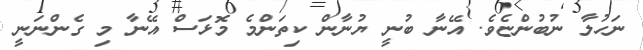
ނަހުލާ ނުބުންޏެވެ. އޭނާ ބުނީ ޔުނާން ކިތަންމެ މޮޅަސް އޭނާ މި ގެންނަނީ